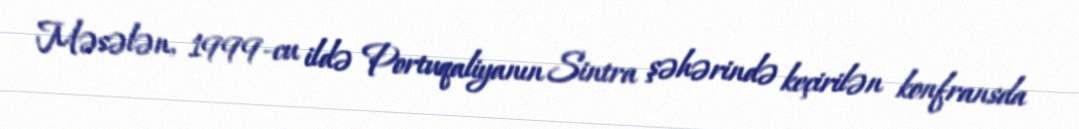
Məsələn, 1999-cu ildə Portuqaliyanın Sintra şəhərində keçirilən konfransda